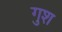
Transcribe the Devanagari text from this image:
गुश